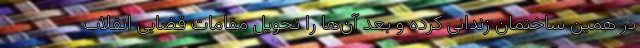
در همین ساختمان زندانی کرده و بعد آن‌ها را تحویل مقامات قضایی انقلاب